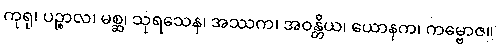
ကုရု၊ ပဉ္စာလ၊ မစ္ဆ၊ သုရသေန၊ အဿက၊ အဝန္တိယ၊ ယောနက၊ ကမ္ဗောဇ။